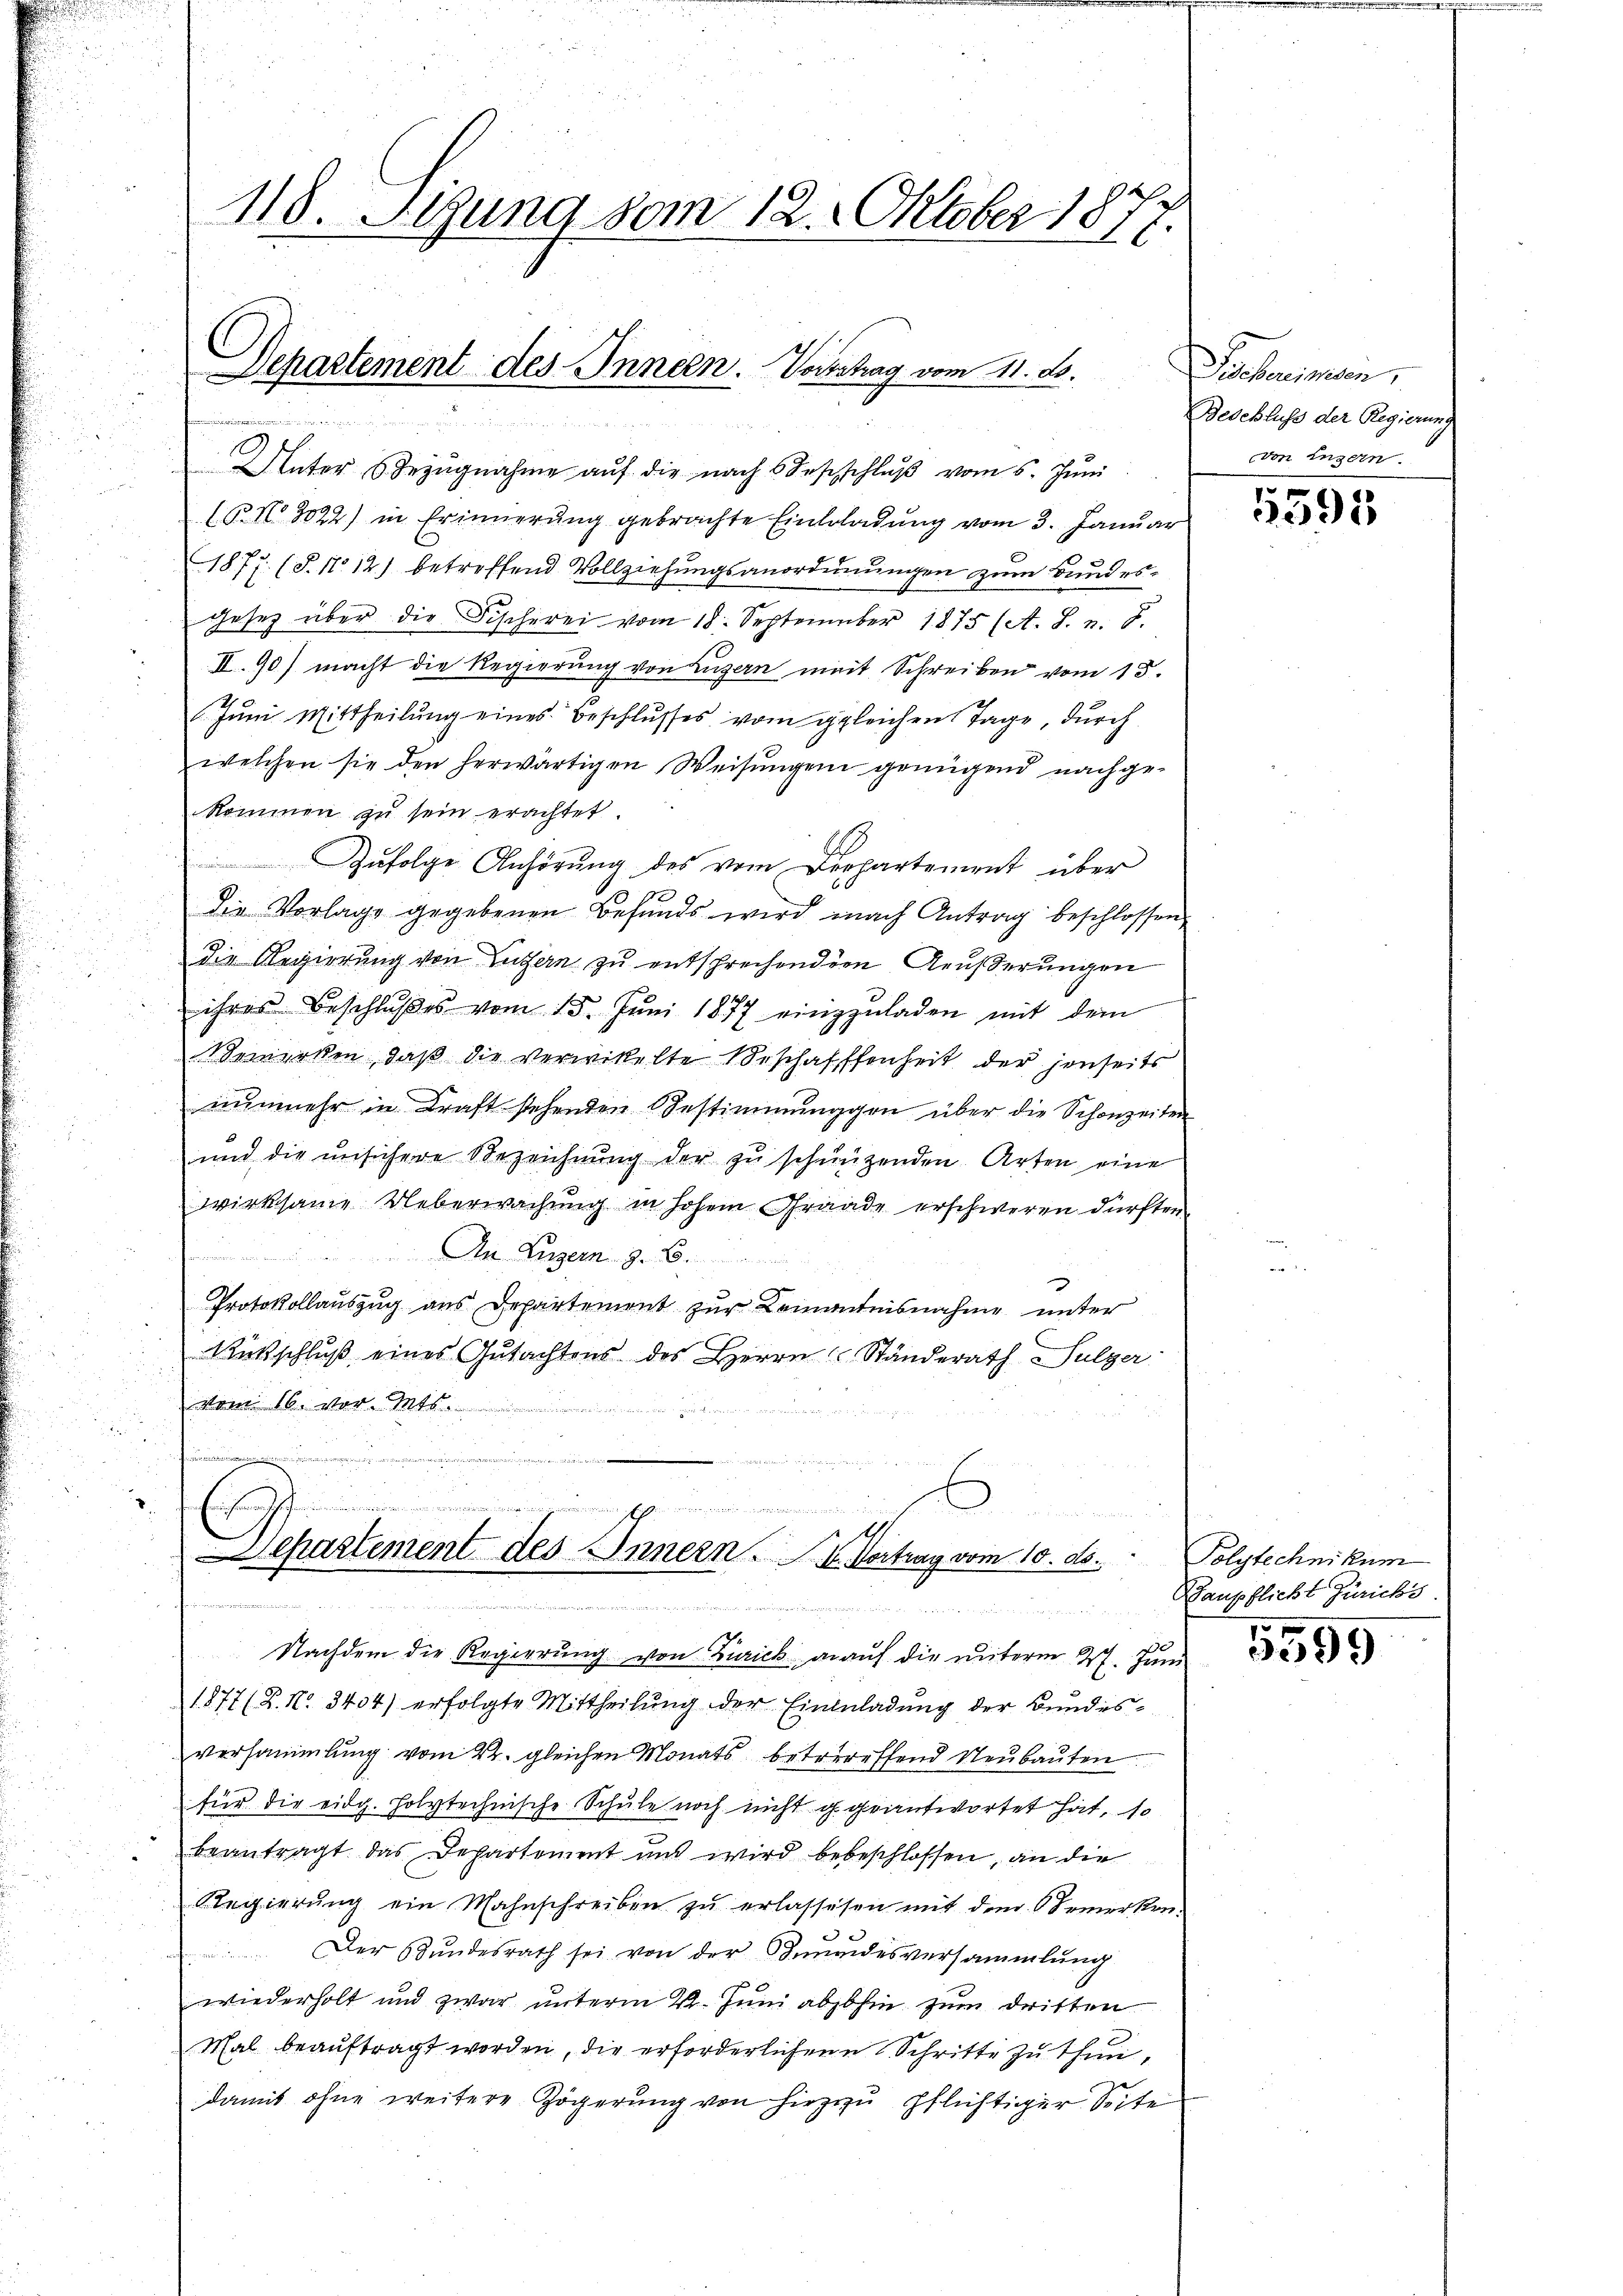
Unter Bezŭgnahme aŭf die nach Sesschlŭβ vom 5. Jŭni
(N. N. 8022) in Erinnerung gebrachte Eintrladung vom 3. Januar
1877. (T.1112) betreffend Vollziehungsanordnungen zum Bundesgesetz über die Fischerei vom 18. September 1875 (A. S. v. 8.
II.90) macht die Regierung von Luzern mit Schreiben vom 15.
Jŭni Mittheilŭng eines Beschlŭsses vom gleichen Tage, dŭrch
welchen sie den herwärtigen Weisŭngen genügend nachge-
kommen zu sein erachtet
Zŭfolge Anhörŭng des vom Departement über
die Vorlage gegebenen Befunds wird nach Antrag beschlossen,
die Regierung von Luzern zu entsprechenden Aeusserungen
ihres Beschlŭβes vom 15. Jŭni 1877 einzŭladen mit dem
Bemerken, daß die verwickelte Beschaffenheit der jenseits
nunmehr in Kraft stehenden Bestimmunggen über die Schonzeiten
und die unsichere Bezeichnung der zu schnüzenden Arten eine
wirksame Ueberwachung in hohem Grade erschweren dürften.
Der Verzern z. B.
Protokollauszug aus Departement zur Lemantnisnahme unter
Rückschluß eines Gutachtens des Herrn C. Ständerath Sulzer
Mann 16. vor. Mts.

u
¬
2
eine Existen unsernere mariannen werden wieder e
n
d

118. Setzung vom 12. Oktober 187

Departement des Innern. Vorgetrag vom 11. ds.

d

1
Separtement des Innern.4. Vortrag vom 10. ds.
u

Nachdem die Regierung von Zürick auf die unterm 27. Juni
1877 (Z. N. 3404) erfolgte Mittheilŭng der Einzuladŭng der Bundes-
versammlung vom 22. gleichen Monats betreffend Neubauten
für die eidg. holytechnische Schule noch nicht g. geantwortet hat, so
beantragt das Departement und wird bebeschlossen, an die
Regierung ein Mahnschreiben zu erlassesen mit dem Bemerken.
Der Bundesrath sei von der Sinnendesversammlung
wiederholt und zwar unterm 22. Juni abhin zum dritten
Mal beauftragt worden, die erforderlichene Schritte zu thun,
damit ohne weitere Zögerung von hirzzu pflichtiger Seite

Daheimen.
Beschluss der Regierung
von Luzern.

f 0 x
2095

Polytechnikum
Baupflicht Zürichs.

5599